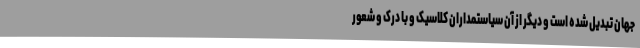
جهان تبدیل شده است و دیگر از آن سیاستمداران کلاسیک و با درک و شعور